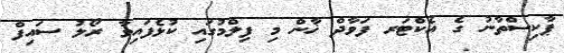
ޕާކިސްތާނު ގެ އެކްޓަރ ފަވާދް ޚާން މި ފިލްމުގައި ކުޅެފައިވާ ރޯލު ސައިފް